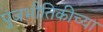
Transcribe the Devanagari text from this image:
पुंजभौतिकीच्या